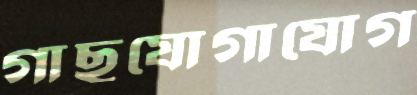
গাছযোগাযোগ